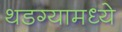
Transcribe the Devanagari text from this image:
थडग्यामध्ये